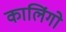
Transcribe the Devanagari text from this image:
कालिंगो